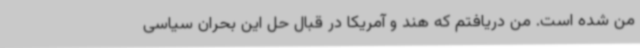
من شده است. من دریافتم که هند و آمریکا در قبال حل این بحران سیاسی